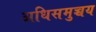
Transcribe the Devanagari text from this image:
अधिसमुच्चय